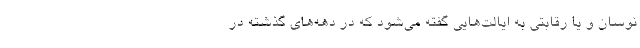
نوسان و یا رقابتی به ایالت‌هایی گفته می‌شود که در دهه‌های گذشته در